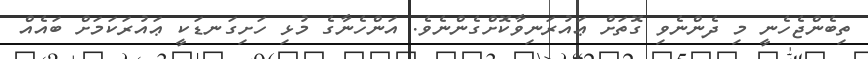
ތިބެންޖެހެނީ މި ދެންނެވި ގޮތަށް ޢައުރަނިވާކޮށްގެންނެވެ. އަންހެނާގެ މުޅި ހަށިގަނޑަކީ ޢައުރަކަމަށް ބައެއް